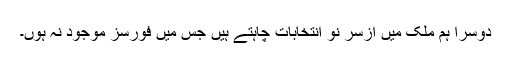
دوسرا ہم ملک میں ازسر نو انتخابات چاہتے ہیں جس میں فورسز موجود نہ ہوں۔